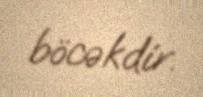
böcəkdir.